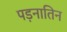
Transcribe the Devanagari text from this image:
पड़नातिन